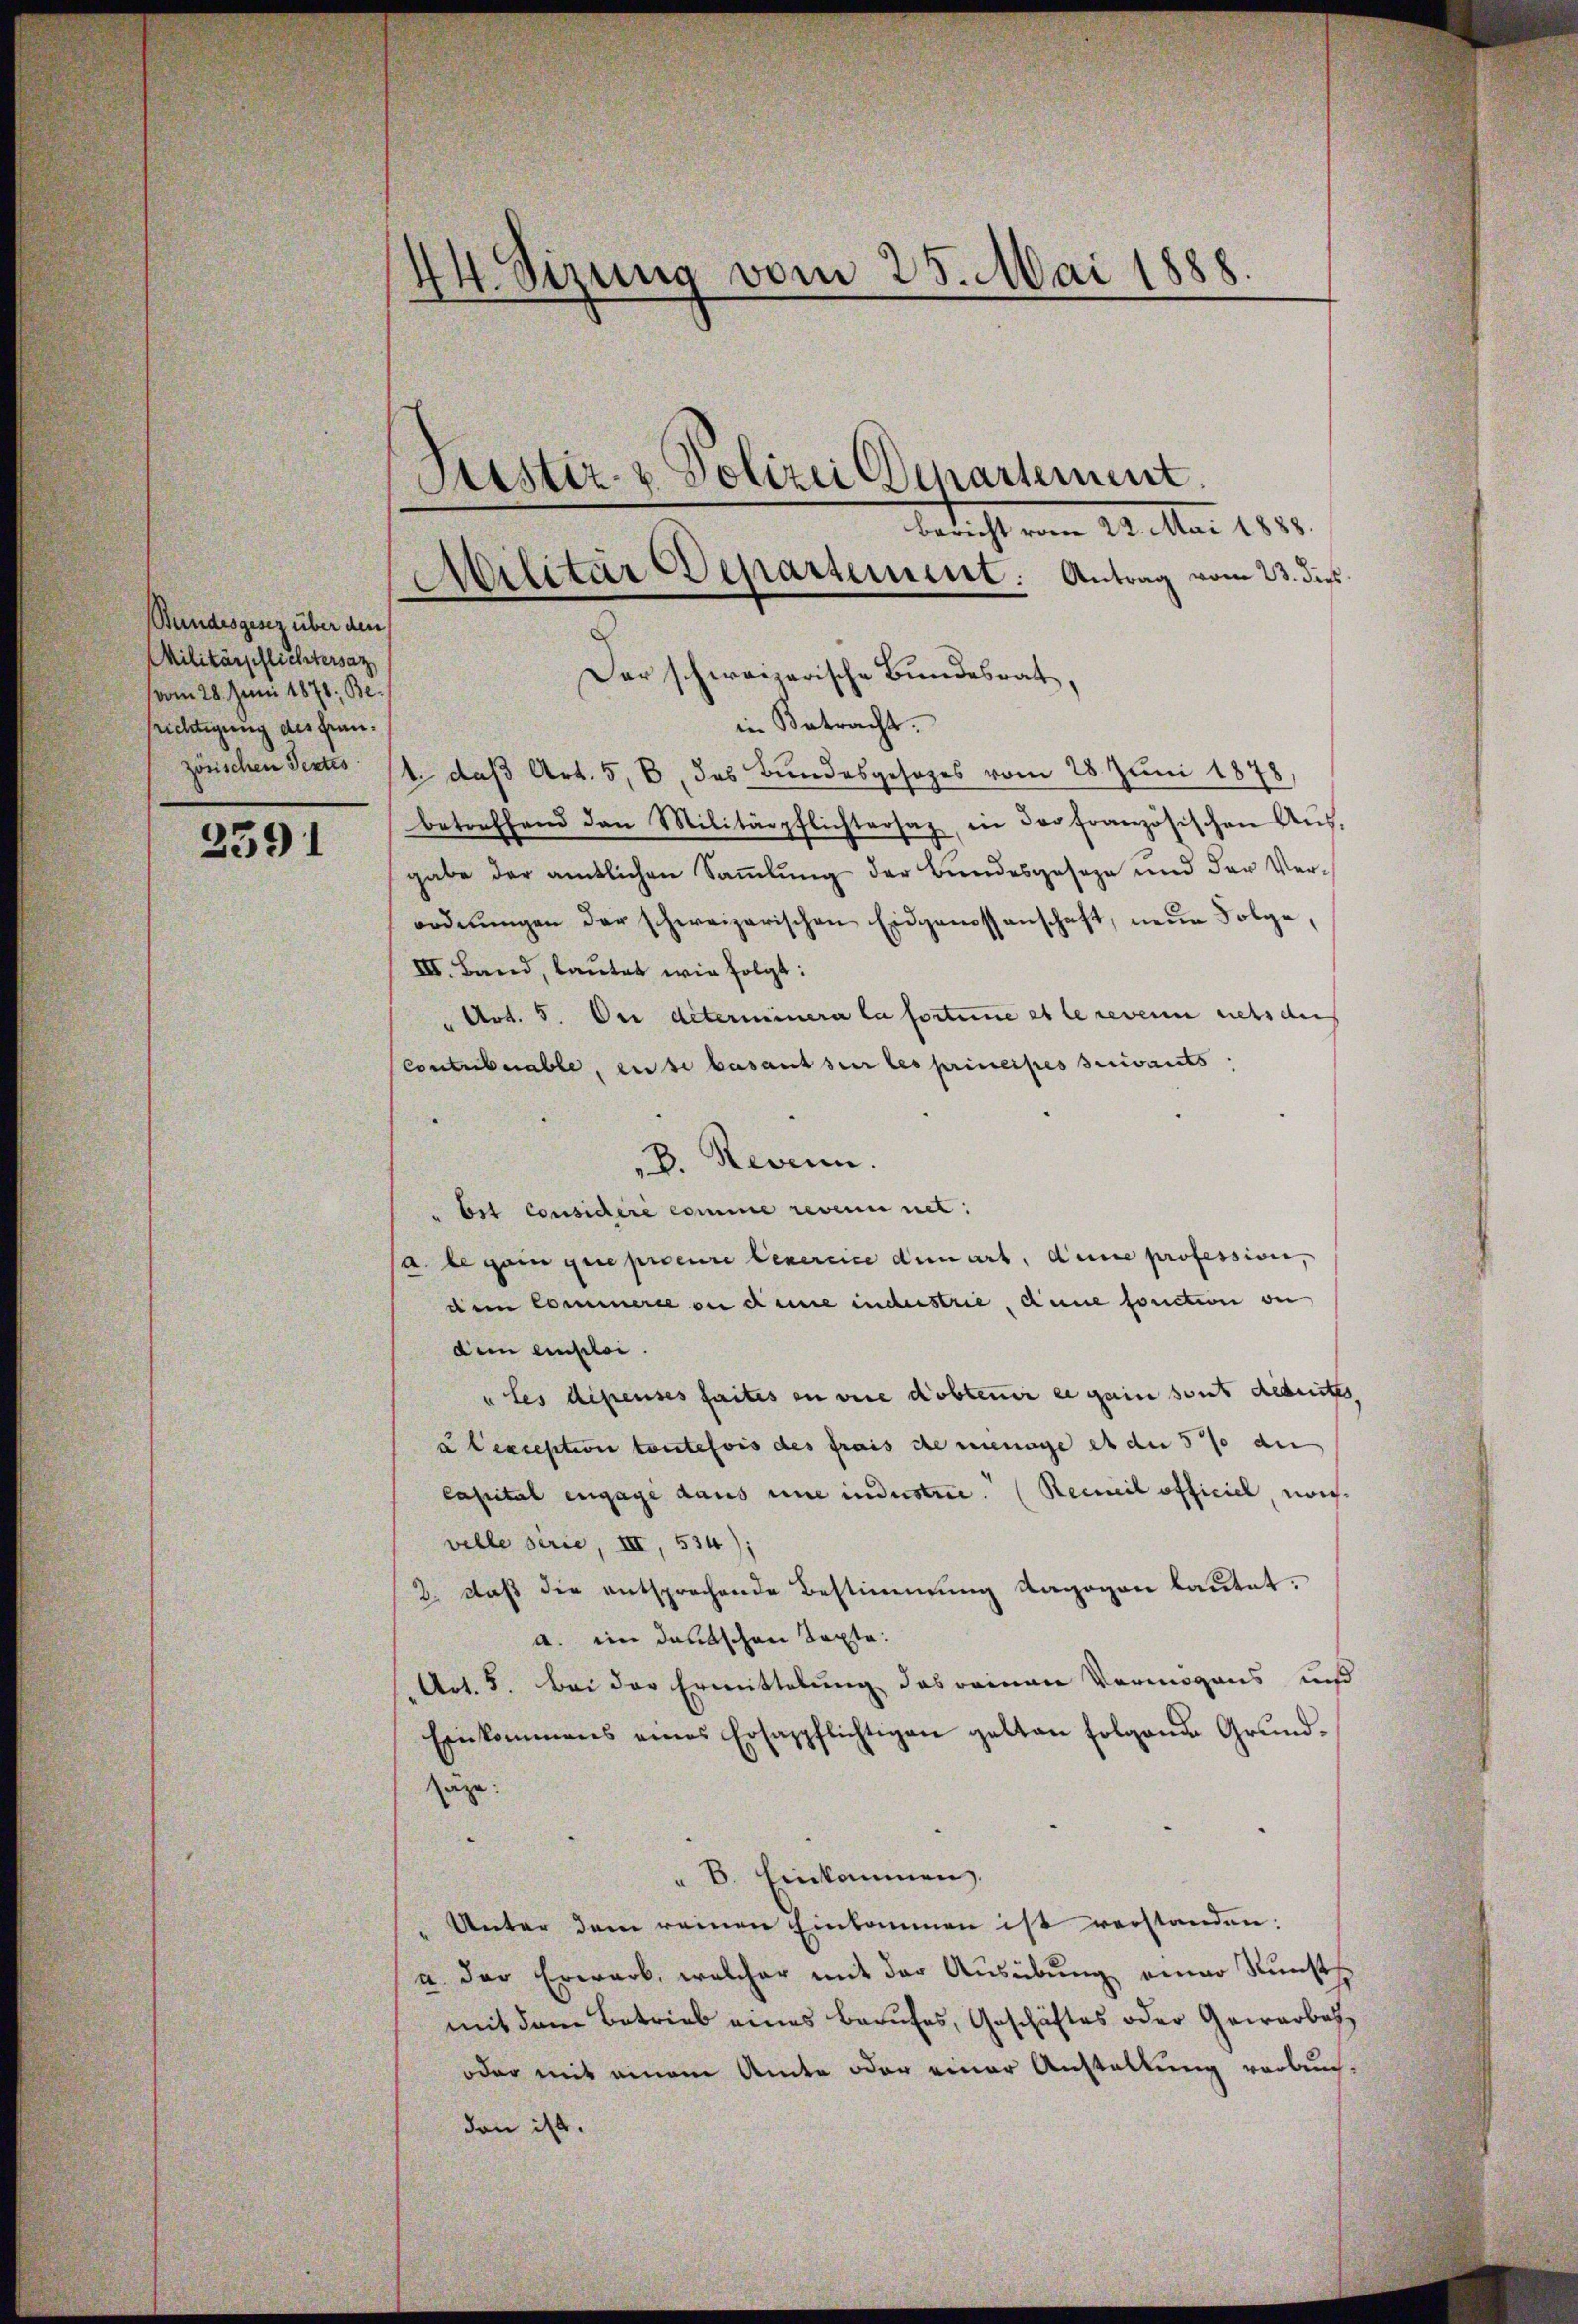
Stundesgesez über den
Militärpflichtersaz
vom 28. Juni 1878; Berichtigung des Frau.
zösischen Pertes

2391

44. Sizung vom 25. Mai 1888.
Pustiz- & Polizei Departement
Bericht vom 22. Mai 1888.
Militär Departement: Antrag vom 23. dies

Der schweizerische Bundesrat
in Betracht.
1. daß Art. 5, B. das Bundesgesezes vom 28. Juni 1878
betreffend den Militärpflichtersaz, in der französischen Aŭs-
gabe der amtlichen Sammlung der Bundesgeseze und der Verordnŭngen der schweizerischen Eidgenossenschaft, neŭe Folge,
III. Land, lautes wie folgt:
Art. 5. Der déterminera la fortime et le revenn nets de
Contulerable, ause basant sur les principes suivants,
D. Revenn.
" bot considéré comme revennnet:
(a. te gain que procure exercice denart, d’une profession,
dem Commerce ou deine inderstrie, dene fonction ve
dem emploi.
ules dépenses faites in wie obten er gain sont arbeites,
a exception toutefois des frais de menage es du 5% an
Capital engage dans une indestice. (Recueil officiel nochvelle serie, III, 534);
2. daβ die entsprechende Bestimmung dagegen lautet.
a. ein deutschen Taxte:
Art. 5. Bei der Ermittelung des reinen Vermögens uns
Einkommens eines Ersappflichtigen gelten Folgend Grund-
saze
" B. Einkommen.
" Unter dem reinen Einkommen ist verstanden:
u der Erwarb, welcher mit der Ausübung einer Kunst
mit dem Betrieb eines Berufes, Geschäftes oder Gewerbet
oder mit einem Amte oder einer Anstellung vorbeuch-
dan ist.